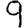
Digit: 9